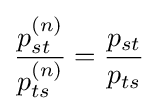
{\frac {p_{st}^{(n)}}{p_{ts}^{(n)}}}={\frac {p_{st}}{p_{ts}}}